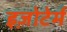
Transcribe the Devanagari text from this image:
इज़ोटेर्म